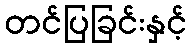
တင်ပြခြင်းနှင့်